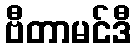
ဗီတာမင်ဒီ